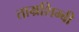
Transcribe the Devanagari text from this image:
ताम्रशिम्बी